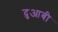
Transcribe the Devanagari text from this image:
दुआबी